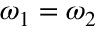
\omega _ { 1 } = \omega _ { 2 }